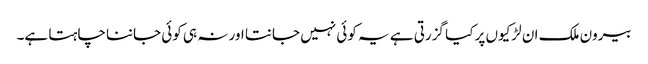
بیرون ملک ان لڑکیوں پر کیا گزرتی ہے یہ کوئی نہیں جانتا اور نہ ہی کوئی جاننا چاہتا ہے۔